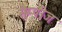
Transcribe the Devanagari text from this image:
सैम्पीज